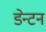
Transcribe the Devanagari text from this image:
डेन्टन